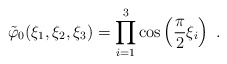
\begin{align*}\tilde{\varphi}_0(\xi_1,\xi_2,\xi_3)=\prod_{i=1}^{3}\cos\left(\frac{\pi}{2}\xi_i\right)\;.\end{align*}